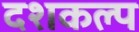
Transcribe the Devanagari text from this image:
दशकल्प